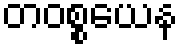
တဝစ္စယေန